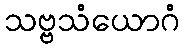
သဗ္ဗသံယောဂံ